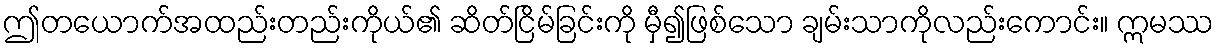
ဤတယောက်အထည်းတည်းကိုယ်၏ ဆိတ်ငြိမ်ခြင်းကို မှီ၍ဖြစ်သော ချမ်းသာကိုလည်းကောင်း။ ဣမဿ